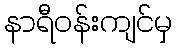
နာရီဝန်းကျင်မှ